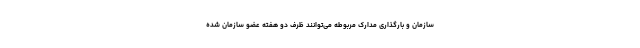
سازمان و بارگذاری مدارک مربوطه می‌توانند ظرف دو هفته عضو سازمان شده